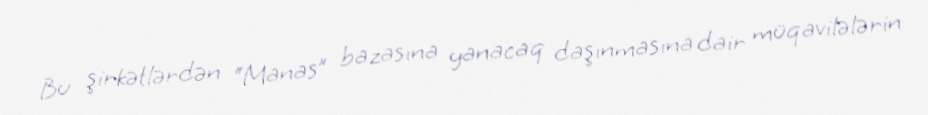
Bu şirkətlərdən “Manas” bazasına yanacaq daşınmasına dair müqavilələrin